system: You are a helpful assistant.
user:
Analyze the provided spectrum to determine if it is a **S-type Star**.

- **Key Indicators for S-type Star:**

    - **(Overall Spectrum Shape):** The first and most obvious characteristic is the overall continuum (the "baseline" shape). It is **extremely "red-sloping,"** meaning the flux (light intensity) is very low on the left side (blue, ~4000-4500 Å) and rises steeply and continuously toward the right side (red, ~7000 Å+).

    - **(Primary):** The spectrum is defined by the presence of strong, broad molecular absorption "valleys" (bands) from **Zirconium Oxide (ZrO)**. The identification of these bands is the **primary requirement** for classifying a star as S-type.
        - **(Key Bandheads):** You must find distinct, deep "dips" where the light has been absorbed. The most critical band systems to locate are:
            - **~6474 Å** ($\gamma$-system): This is often the strongest and clearest ZrO feature, found in the red part of the spectrum.
            - **~5718 Å** & **~5551 Å** ($\beta$-system): A pair of prominent absorption features in the yellow-orange part of the spectrum.
            - **~4640 Å** ($\alpha$-system): A key absorption band system in the blue-green region of the spectrum.

    - **(Secondary Confirmation):** The classification is strengthened by finding additional absorption bands from other related heavy element oxides, which are expected to be present alongside ZrO.
        - **(Key Bandheads):**
            - **Yttrium Oxide (YO):** Look for absorption dips near **~4800 Å** and **~6100 Å**.
            - **Lanthanum Oxide (LaO):** Additional absorption features, particularly in the red-orange part of the spectrum, are also characteristic.

    - **(Line Profile):** The combination of the steep red continuum and these numerous, deep molecular bands (ZrO, YO, etc.) gives the entire spectrum a very **"chopped-up"** or **"bumpy"** appearance. Instead of a smooth curve, the spectrum looks as though large, wide chunks of light have been "carved out" of it at the specific wavelengths listed above.

Think first, call **spectral_visualization_tool** if needed to examine features in detail, then provide your final answer. Your response must adhere to the following strict rules:
1.  **Overall Structure:** Your response must follow the format `<think>...</think> <tool_call>...</tool_call> (if a tool is used) <answer>...</answer>`.
2.  **Tool Usage Constraint:** You may only make **one** tool call per turn.
3.  **Final Answer Format:** In the `<answer>` tag, your conclusion must be inside a `\boxed{}` command (e.g., `\boxed{YES}` or `\boxed{NO}`), followed by your justification.

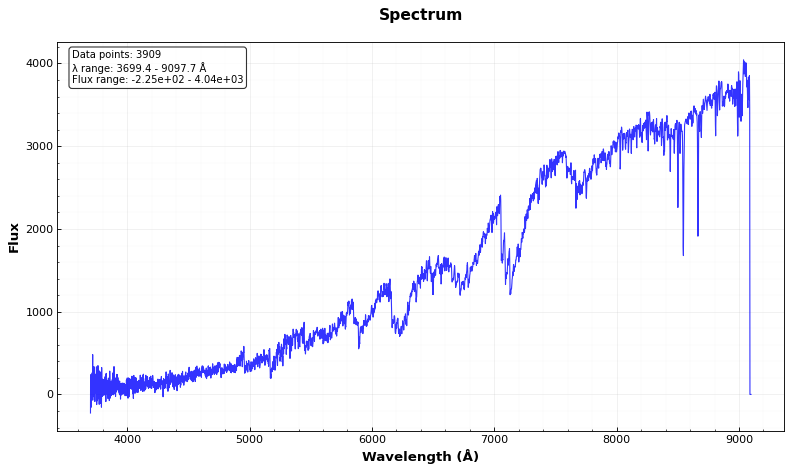
Answer: YES